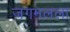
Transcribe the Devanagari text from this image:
जगमलला